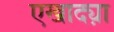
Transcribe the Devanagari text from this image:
एखाद्य़ा